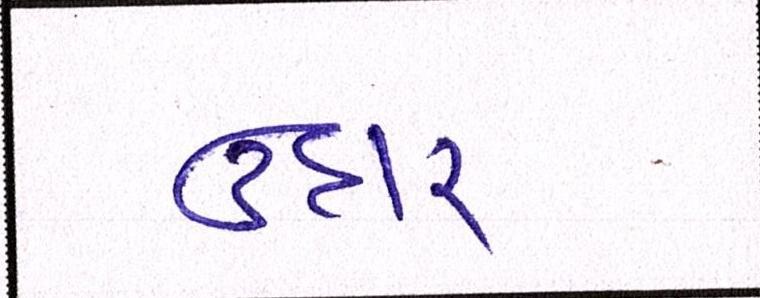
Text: ઉદાર